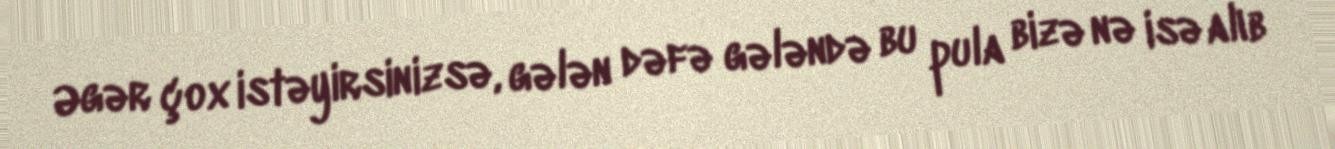
Əgər çox istəyirsinizsə, gələn dəfə gələndə bu pula bizə nə isə alıb